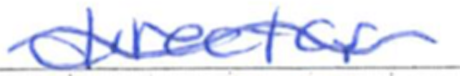
Text: director
Cross-out: mix
Writing tool: ballpoint